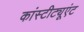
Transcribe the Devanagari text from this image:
कांस्टीट्यूएंट